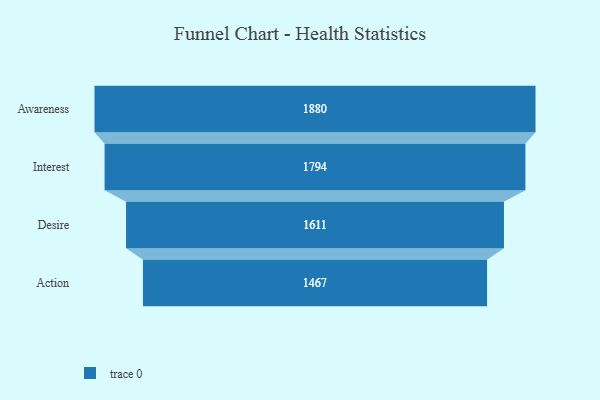
{"axis": {"x": "Stage", "y": "Value"}, "legend": [""], "data": [{"x": "Awareness", "y": 1880.0, "type": ""}, {"x": "Interest", "y": 1794.0, "type": ""}, {"x": "Desire", "y": 1611.0, "type": ""}, {"x": "Action", "y": 1467.0, "type": ""}]}